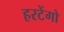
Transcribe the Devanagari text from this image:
हरटेंगो